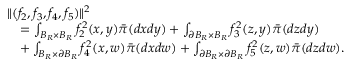
\begin{array} { r l } { \lefteqn { \| ( f _ { 2 } , f _ { 3 } , f _ { 4 } , f _ { 5 } ) \| ^ { 2 } } } \\ & { = \int _ { B _ { R } \times B _ { R } } f _ { 2 } ^ { 2 } ( x , y ) \bar { \pi } ( d x d y ) + \int _ { \partial B _ { R } \times B _ { R } } f _ { 3 } ^ { 2 } ( z , y ) \bar { \pi } ( d z d y ) } \\ & { + \int _ { B _ { R } \times \partial B _ { R } } f _ { 4 } ^ { 2 } ( x , w ) \bar { \pi } ( d x d w ) + \int _ { \partial B _ { R } \times \partial B _ { R } } f _ { 5 } ^ { 2 } ( z , w ) \bar { \pi } ( d z d w ) . } \end{array}